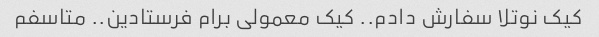
کیک نوتلا سفارش دادم.. کیک معمولی برام فرستادین.. متاسفم